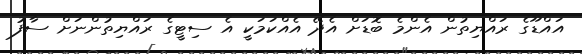
އައްޑޫގެ ރައްޔިތުން އެންމެ ބޮޑަށް އެދޭ އެއްކަމަކީ އެ ސިޓީގެ ރައްޔިތުންނަށް ސާފު